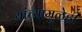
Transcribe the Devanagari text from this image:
यांच्यामुळेही